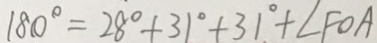
1 8 0 ^ { \circ } = 2 8 ^ { \circ } + 3 1 ^ { \circ } + 3 1 ^ { \circ } + \angle F O A